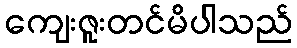
ကျေးဇူးတင်မိပါသည်